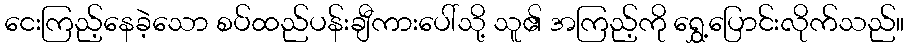
ငေးကြည့်နေခဲ့သော စပ်ထည်ပန်းချီကားပေါ်သို့ သူ၏ အကြည့်ကို ရွှေ့ပြောင်းလိုက်သည်။